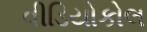
વીડિયોકોલ